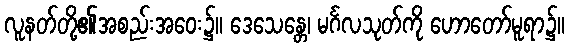
လူနတ်တို့၏အစည်းအဝေး၌။ ဒေသေန္တေ၊ မင်္ဂလသုတ်ကို ဟောတော်မူရာ၌။